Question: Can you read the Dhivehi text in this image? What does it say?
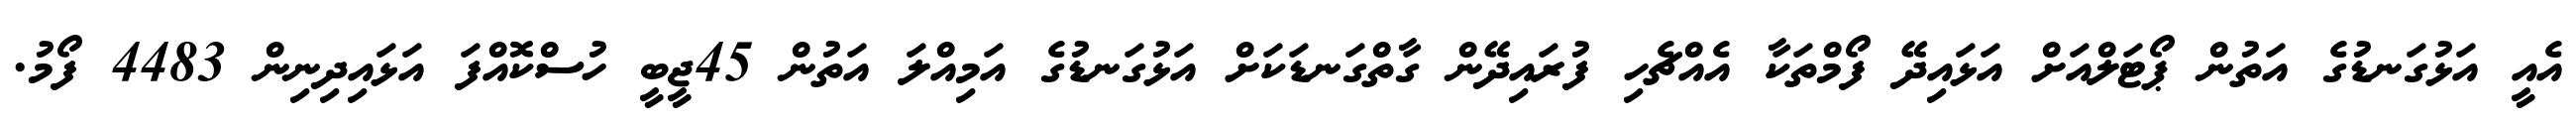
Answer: އެއީ އަޅުގަނޑުގެ އަތުން ޕޯޓަލްއަށް އަޅައިދޭ ފޯމްތަކާ އެއްޗެހި ފުރައިދޭން ގާތްގަނޑަކަށް އަޅުގަނޑުގެ އަމިއްލަ އަތުން 45ޖީބީ ހުސްކޮއްފަ އަޅައިދިނިން 4483 ފޯމު.